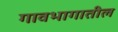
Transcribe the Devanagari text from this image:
गावभागातील